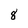
Character: 8